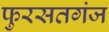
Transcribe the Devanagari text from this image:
फुरसतगंज